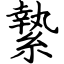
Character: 縶